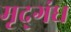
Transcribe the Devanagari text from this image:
मृद्‌गंध